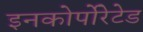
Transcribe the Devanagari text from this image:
इनकोर्पोरेटेड